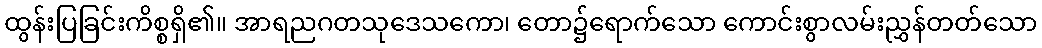
ထွန်းပြခြင်းကိစ္စရှိ၏။ အာရညဂတသုဒေသကော၊ တော၌ရောက်သော ကောင်းစွာလမ်းညွှန်တတ်သော